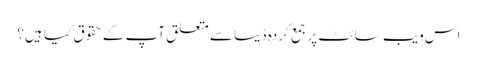
اس ویب سائٹ پر جمع کردہ ڈیٹا سے متعلق آپ کے حقوق کیا ہیں؟